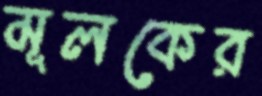
মূলকের